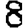
Digit: 8